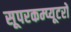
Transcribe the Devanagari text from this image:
सूपरकम्प्यूटरों